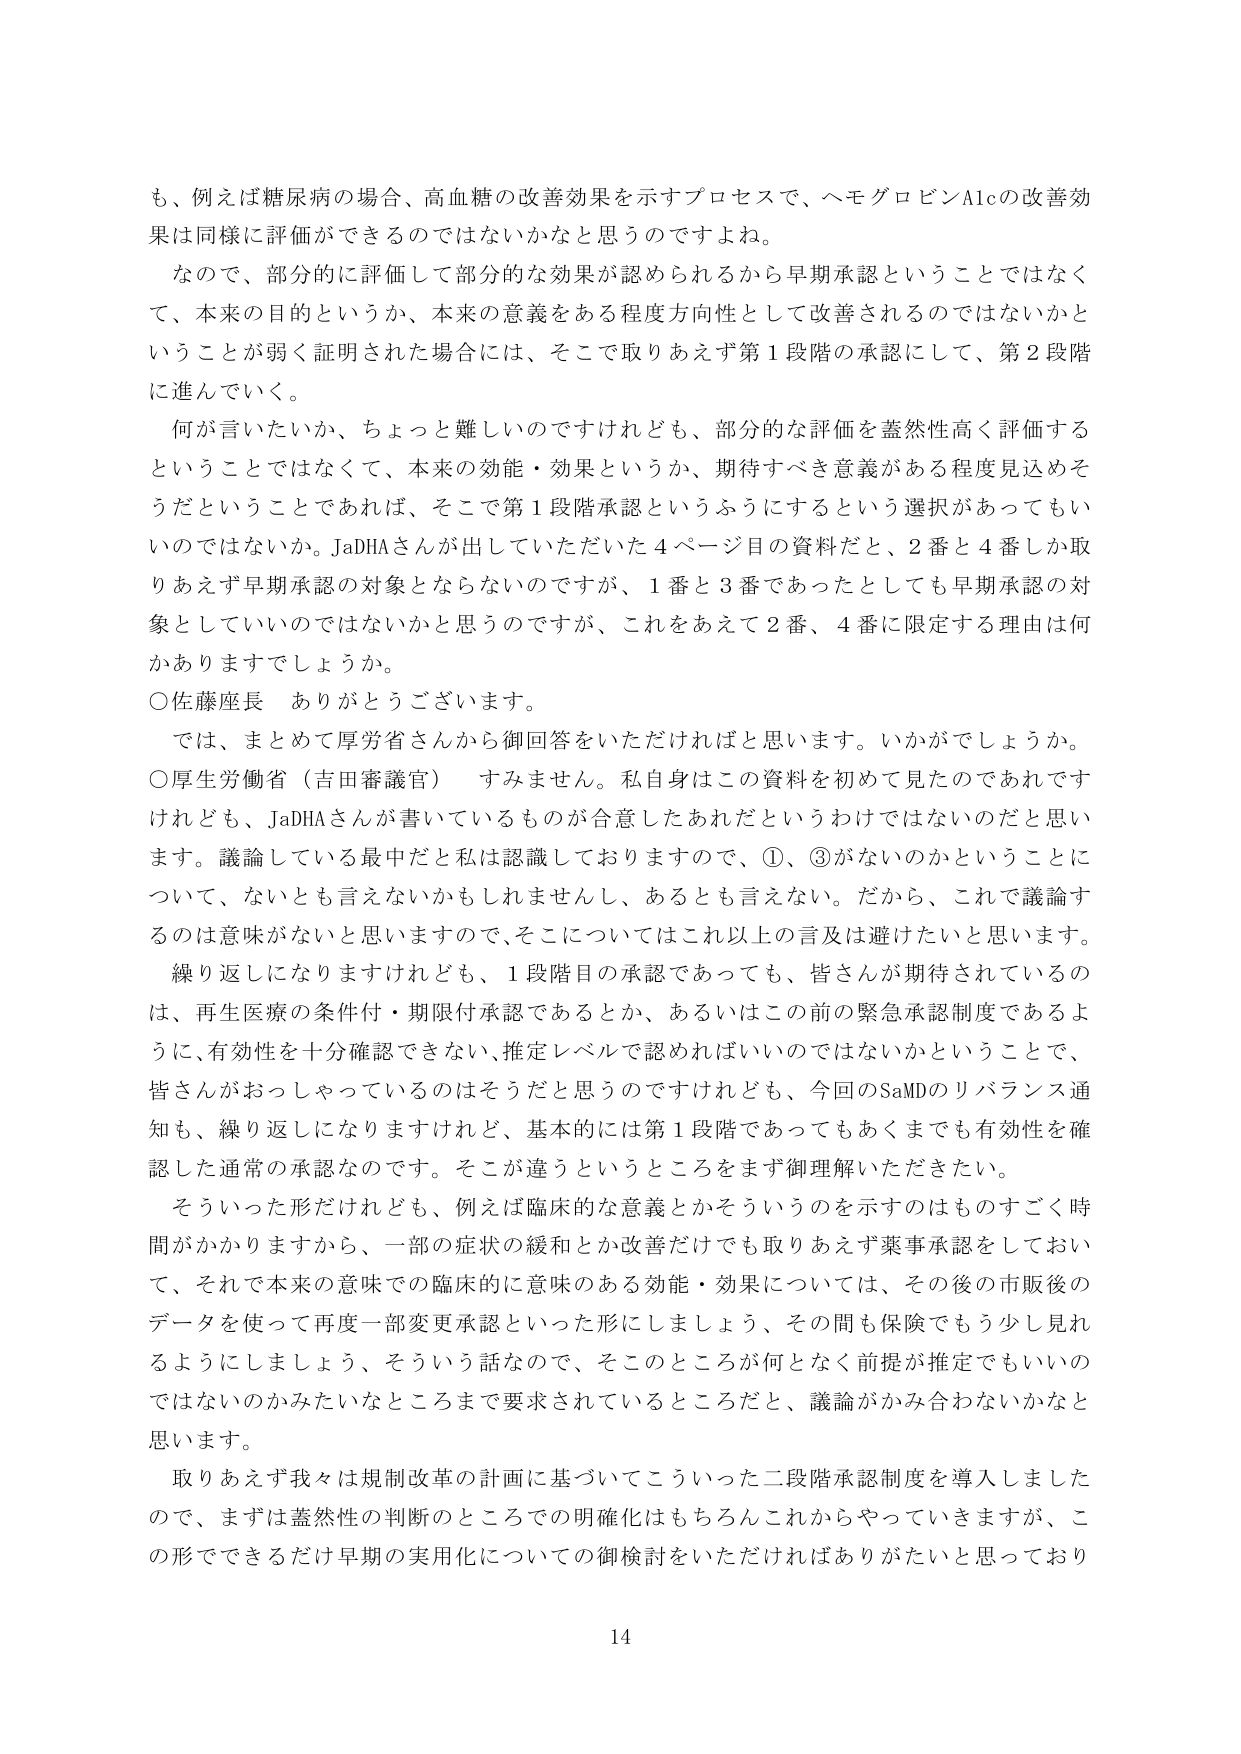
も、例えば糖尿病の場合、高血糖の改善効果を示すプロセスで、ヘモグロビンA1cの改善効果は同様に評価ができるのではないかなと思うのですよね。

なので、部分的に評価して部分的な効果が認められるから早期承認ということではなくて、本来の目的というか、本来の意義をある程度方向性として改善されるのではないかということが弱く証明された場合には、そこで取りあえず第1段階の承認にして、第2段階に進んでいく。

何が言いたいか、ちょっと難しいのですけれども、部分的な評価を蓋然性高く評価するということではなくて、本来の効能・効果というか、期待すべき意義がある程度見込めそうだということであれば、そこで第1段階承認というふうにするという選択があってもいいのではないか。JaDHAさんが出していただいた4ページ目の資料だと、2番と4番しか取りあえず早期承認の対象とならないのですが、1番と3番であったとしても早期承認の対象としていいのではないかと思うのですが、これをあえて2番、4番に限定する理由は何かありますでしょうか。

○佐藤座長　ありがとうございます。

では、まとめて厚労省さんから御回答をいただければと思います。いかがでしょうか。

○厚生労働省（吉田審議官）　すみません。私自身はこの資料を初めて見たのであれですけれども、JaDHAさんが書いているものが合意したあれだというわけではないのだと思います。議論している最中だと私は認識しておりますので、①、③がないのかということについて、ないとも言えないかもしれませんし、あるとも言えない。だから、これで議論するのは意味がないと思いますので、そこについてはこれ以上の言及は避けたいと思います。

繰り返しになりますけれども、1段階目の承認であっても、皆さんが期待されているのは、再生医療の条件付・期限付承認であるとか、あるいはこの前の緊急承認制度であるように、有効性を十分確認できない、推定レベルで認めればいいのではないかということで、皆さんがおっしゃっているのはそうだと思いますけれども、今回のSaMDのリバランス通知も、繰り返しになりますけれど、基本的には第1段階であってもあくまでも有効性を確認した通常の承認なのです。そこが違うというところをまず御理解いただきたい。

そういった形だけれども、例えば臨床的な意義とかそういうのを示すのはものすごく時間がかかりますから、一部の症状の緩和とか改善だけでも取りあえず薬事承認をしておいて、それで本来の意味での臨床的に意味のある効能・効果については、その後の市販後のデータを使って再度一部変更承認といった形にしましょう、その間も保険でもう少し見れるようにしましょう、そういう話なので、そのところが何となく前提が推定でもいいのではないのかみたいなところまで要求されているところだと、議論がかみ合わないかなと思います。

取りあえず我々は規制改革の計画に基づいてこういった二段階承認制度を導入しましたので、まずは蓋然性の判断のところでの明確化はもちろんこれからやっていきますが、この形でできるだけ早期の実用化についての御検討をいただければありがたいと思っており

14